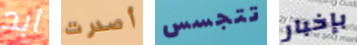
ابد أصدرت تتجسس بإخبار